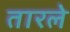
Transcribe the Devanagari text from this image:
तारले